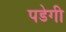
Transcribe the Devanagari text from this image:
पडेगी